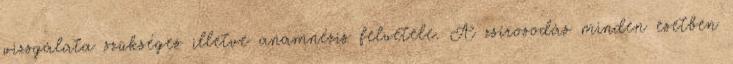
vizsgálata szükséges illetve anamnézis felvétele. A zsírosodás minden esetben